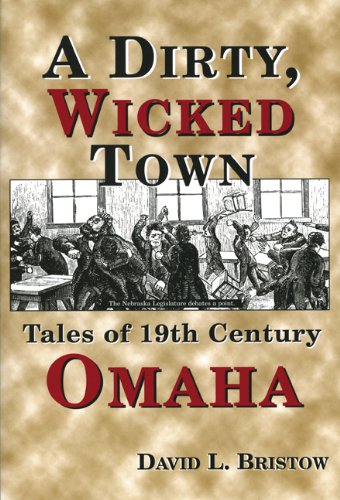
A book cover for Dirty, Wicked Town (Nebraska); David L. Bristow; Biographies & Memoirs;